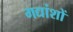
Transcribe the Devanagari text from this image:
गद्यांशों